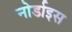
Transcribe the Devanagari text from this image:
नोर्डाइस